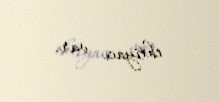
ehtiyacı var.